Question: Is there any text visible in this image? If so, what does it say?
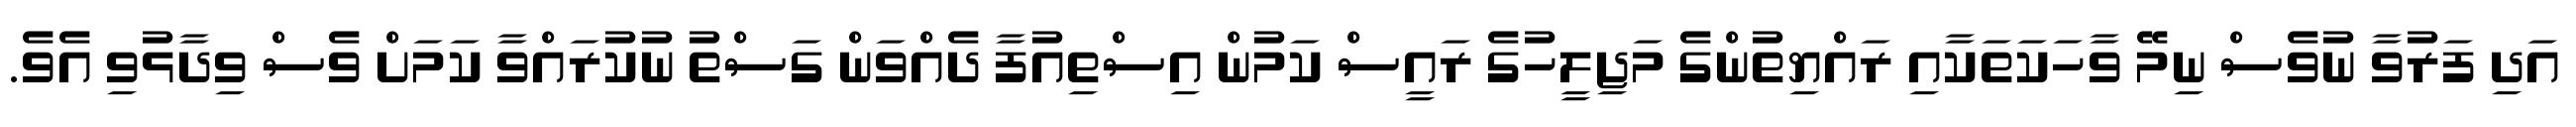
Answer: އަދި ފަރުވާ ނުވެސް ނިމޭ ވާހަކަތަކާއި ރައްޔިތުންގެ މަޖިލީހުގެ ރައީސް ކަމުން އިސްތިއުފާ ދެއްވަން ގަސްތު ނުކުރައްވާ ކަމަށް ވެސް ވިދާޅުވި އެވެ.